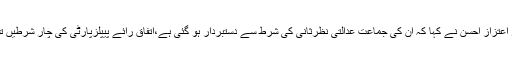
پیپلزپارٹی کے رہنما سینیٹر اعتزاز احسن نے کہا کہ اُن کی جماعت عدالتی نظرثانی کی شرط سے دستبردار ہو گئی ہے،اتفاق رائے پیپلزپارٹی کی چار شرطیں تسلیم کرنے کے بعد ہوا ہے۔